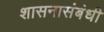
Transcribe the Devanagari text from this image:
शासनासंबंधी